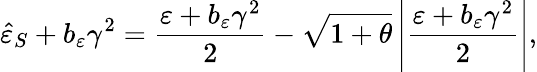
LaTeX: \hat{\varepsilon}_{S}+b_{\varepsilon}\gamma^{2}=\frac{\varepsilon+b_{\varepsilon}\gamma^{2}}{2}-\sqrt{1+\theta}\left\vert\frac{\varepsilon+b_{\varepsilon}\gamma^{2}}{2}\right\vert,